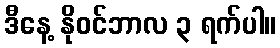
ဒီနေ့ နိုဝင်ဘာလ ၃ ရက်ပါ။